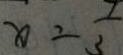
x = \frac { 7 } { 3 }